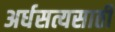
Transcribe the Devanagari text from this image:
अर्धसत्यसाठी